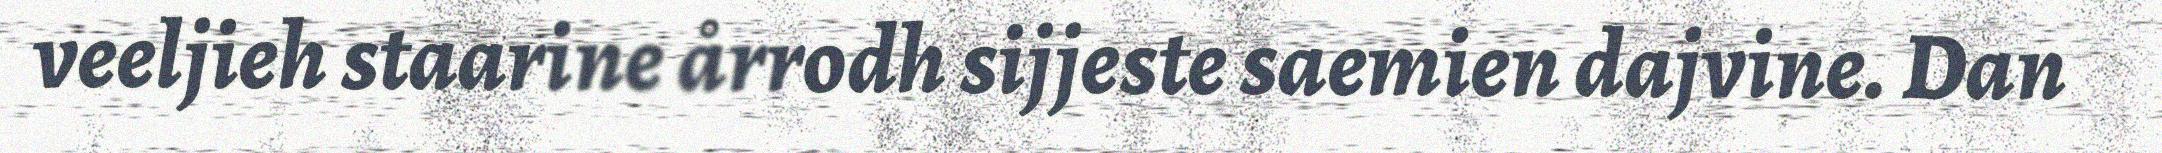
veeljieh staarine årrodh sijjeste saemien dajvine. Dan